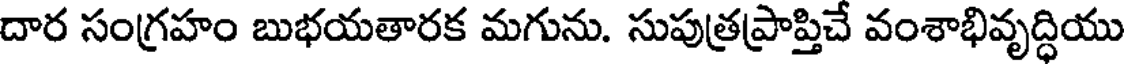
దార సంగ్రహం బుభయతారక మగును. సుపుత్రప్రాప్తిచే వంశాభివృద్ధియు